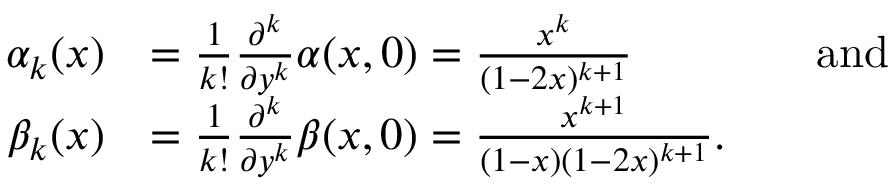
\begin{array} { r l r l } { \alpha _ { k } ( x ) } & { = \frac { 1 } { k ! } \frac { \partial ^ { k } } { \partial y ^ { k } } \alpha ( x , 0 ) = \frac { x ^ { k } } { ( 1 - 2 x ) ^ { k + 1 } } } & & { \mathrm { a n d } } \\ { \beta _ { k } ( x ) } & { = \frac { 1 } { k ! } \frac { \partial ^ { k } } { \partial y ^ { k } } \beta ( x , 0 ) = \frac { x ^ { k + 1 } } { ( 1 - x ) ( 1 - 2 x ) ^ { k + 1 } } \mathrm { . } } \end{array}